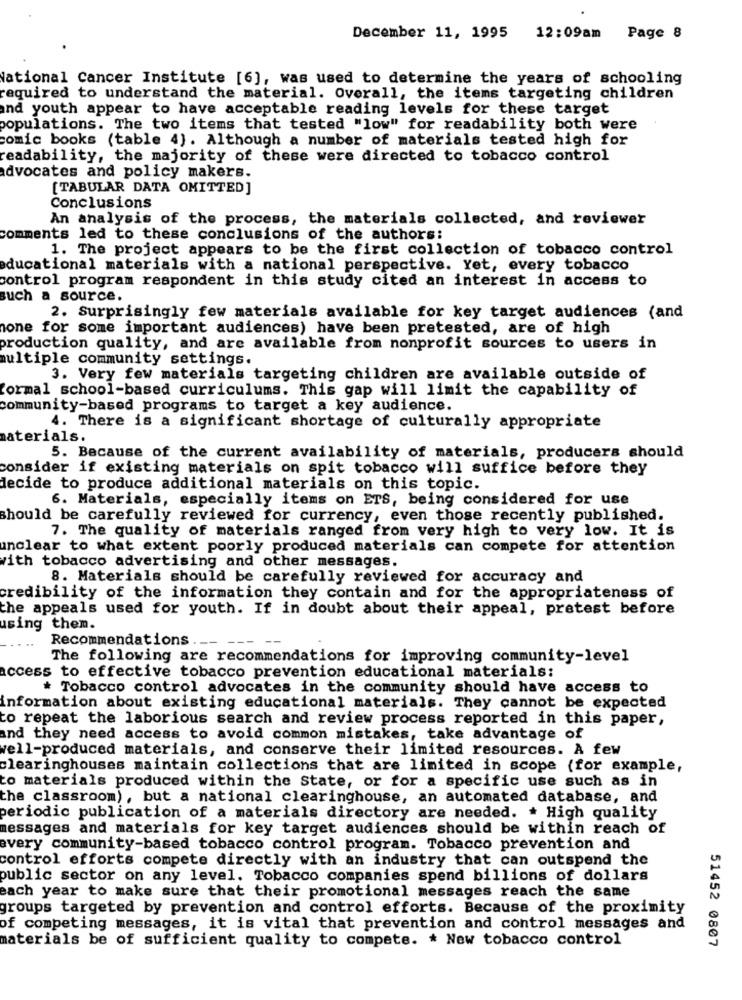
December 11, 1995
12:09am Page 8
National Cancer Institute [6], was used to determine the years of schooling
required to understand the material. Overall, the items targeting children
and youth appear to have acceptable reading levels for these target
populations. The two items that tested "low" for readability both were
comic books (table 4). Although a number of materials tested high for
readability, the majority of these were directed to tobacco control
advocates and policy makers.
[TABULAR DATA OMITTED]
Conclusions
An analysis of the process, the materials collected, and reviewer
comments led to these conclusions of the authors:
1. The project appears to be the first collection of tobacco control
educational materials with a national perspective. Yet, every tobacco
control program respondent in this study cited an interest in access to
such a source.
2. Surprisingly few materials available for key target audiences (and
none for some important audiences) have been pretested, are of high
production quality, and are available from nonprofit sources to users in
multiple community settings.
3. Very few materials targeting children are available outside of
formal school-based curriculums. This gap will limit the capability of
community-based programs to target a key audience.
4. There is a significant shortage of culturally appropriate
materials.
5. Because of the current availability of materials, producers should
consider if existing materials on spit tobacco will suffice before they
decide to produce additional materials on this topic.
6. Materials, especially items on ETS, being considered for use
should be carefully reviewed for currency, even those recently published.
7. The quality of materials ranged from very high to very low. It is
unclear to what extent poorly produced materials can compete for attention
with tobacco advertising and other messages.
8. Materials should be carefully reviewed for accuracy and
credibility of the information they contain and for the appropriateness of
the appeals used for youth. If in doubt about their appeal, pretest before
using them.
Recommendations .__
The following are recommendations for improving community-level
access to effective tobacco prevention educational materials:
* Tobacco control advocates in the community should have access to
information about existing educational materials. They cannot be expected
to repeat the laborious search and review process reported in this paper,
and they need access to avoid common mistakes, take advantage of
well-produced materials, and conserve their limited resources. A few
clearinghouses maintain collections that are limited in scope (for example,
to materials produced within the State, or for a specific use such as in
the classroom), but a national clearinghouse, an automated database, and
periodic publication of a materials directory are needed. * High quality
messages and materials for key target audiences should be within reach of
every community-based tobacco control program. Tobacco prevention and
control efforts compete directly with an industry that can outspend the
public sector on any level. Tobacco companies spend billions of dollars
each year to make sure that their promotional messages reach the same
groups targeted by prevention and control efforts. Because of the proximity
of competing messages, it is vital that prevention and control messages and
materials be of sufficient quality to compete. * New tobacco control
51452 0807